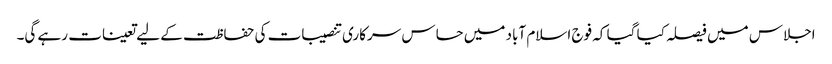
اجلاس میں فیصلہ کیا گیا کہ فوج اسلام آباد میں حساس سرکاری تنصیبات کی حفاظت کے لیے تعینات رہے گی۔